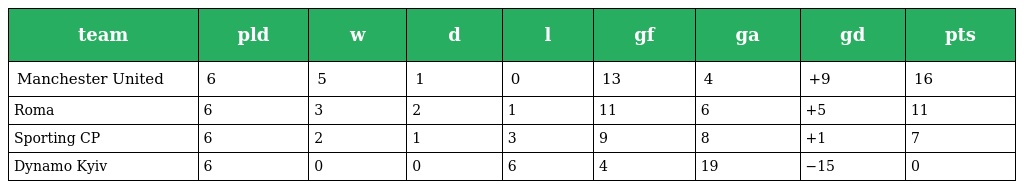
| team | pld | w | d | l | gf | ga | gd | pts |
 | --- | --- | --- | --- | --- | --- | --- | --- | --- |
 | Manchester United | 6 | 5 | 1 | 0 | 13 | 4 | +9 | 16 |
 | Roma | 6 | 3 | 2 | 1 | 11 | 6 | +5 | 11 |
 | Sporting CP | 6 | 2 | 1 | 3 | 9 | 8 | +1 | 7 |
 | Dynamo Kyiv | 6 | 0 | 0 | 6 | 4 | 19 | −15 | 0 |